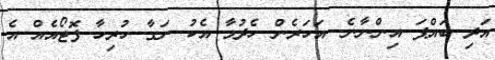
އަދި ބައްޕަ އިންނާނެ. އަހަރެން ހެދުމާ އެކު ނަގާ ހުރިހާ ފޮޓޯއެއް އެ